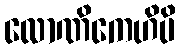
လောဏိကေဟိပိ